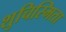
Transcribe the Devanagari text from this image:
शुचिस्मिता